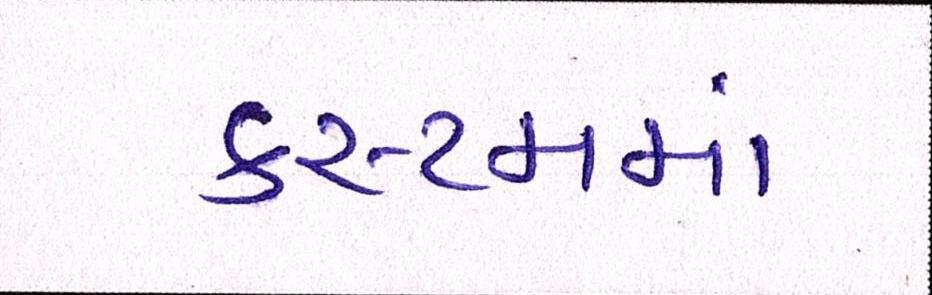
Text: કસ્ટમમાં